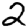
Digit: 2